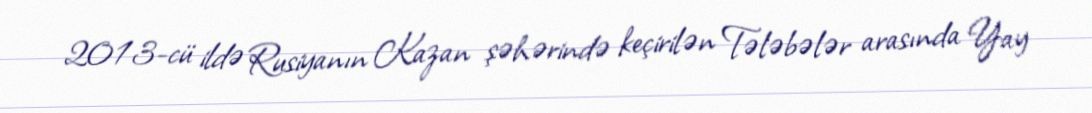
2013-cü ildə Rusiyanın Kazan şəhərində keçirilən Tələbələr arasında Yay